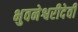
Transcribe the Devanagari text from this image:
भुवनेश्वरीदेवी